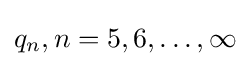
q_{n},n=5,6,\dots ,\infty